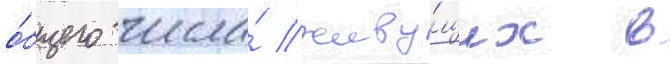
о́бщего числа́ живу́щих в